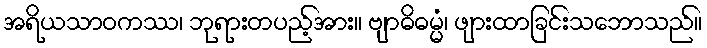
အရိယသာဝကဿ၊ ဘုရားတပည့်အား။ ဗျာဓိဓမ္မံ၊ ဖျားထာခြင်းသဘောသည်။